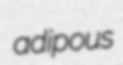
adipous